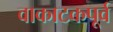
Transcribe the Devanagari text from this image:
वाकाटकपूर्व